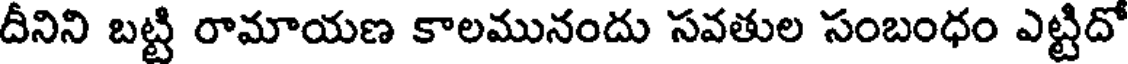
దీనిని బట్టి రామాయణ కాలమునందు సవతుల సంబంధం ఎట్టిదో